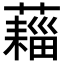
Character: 𧀗